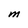
Character: M